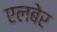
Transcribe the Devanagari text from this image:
एलबेर